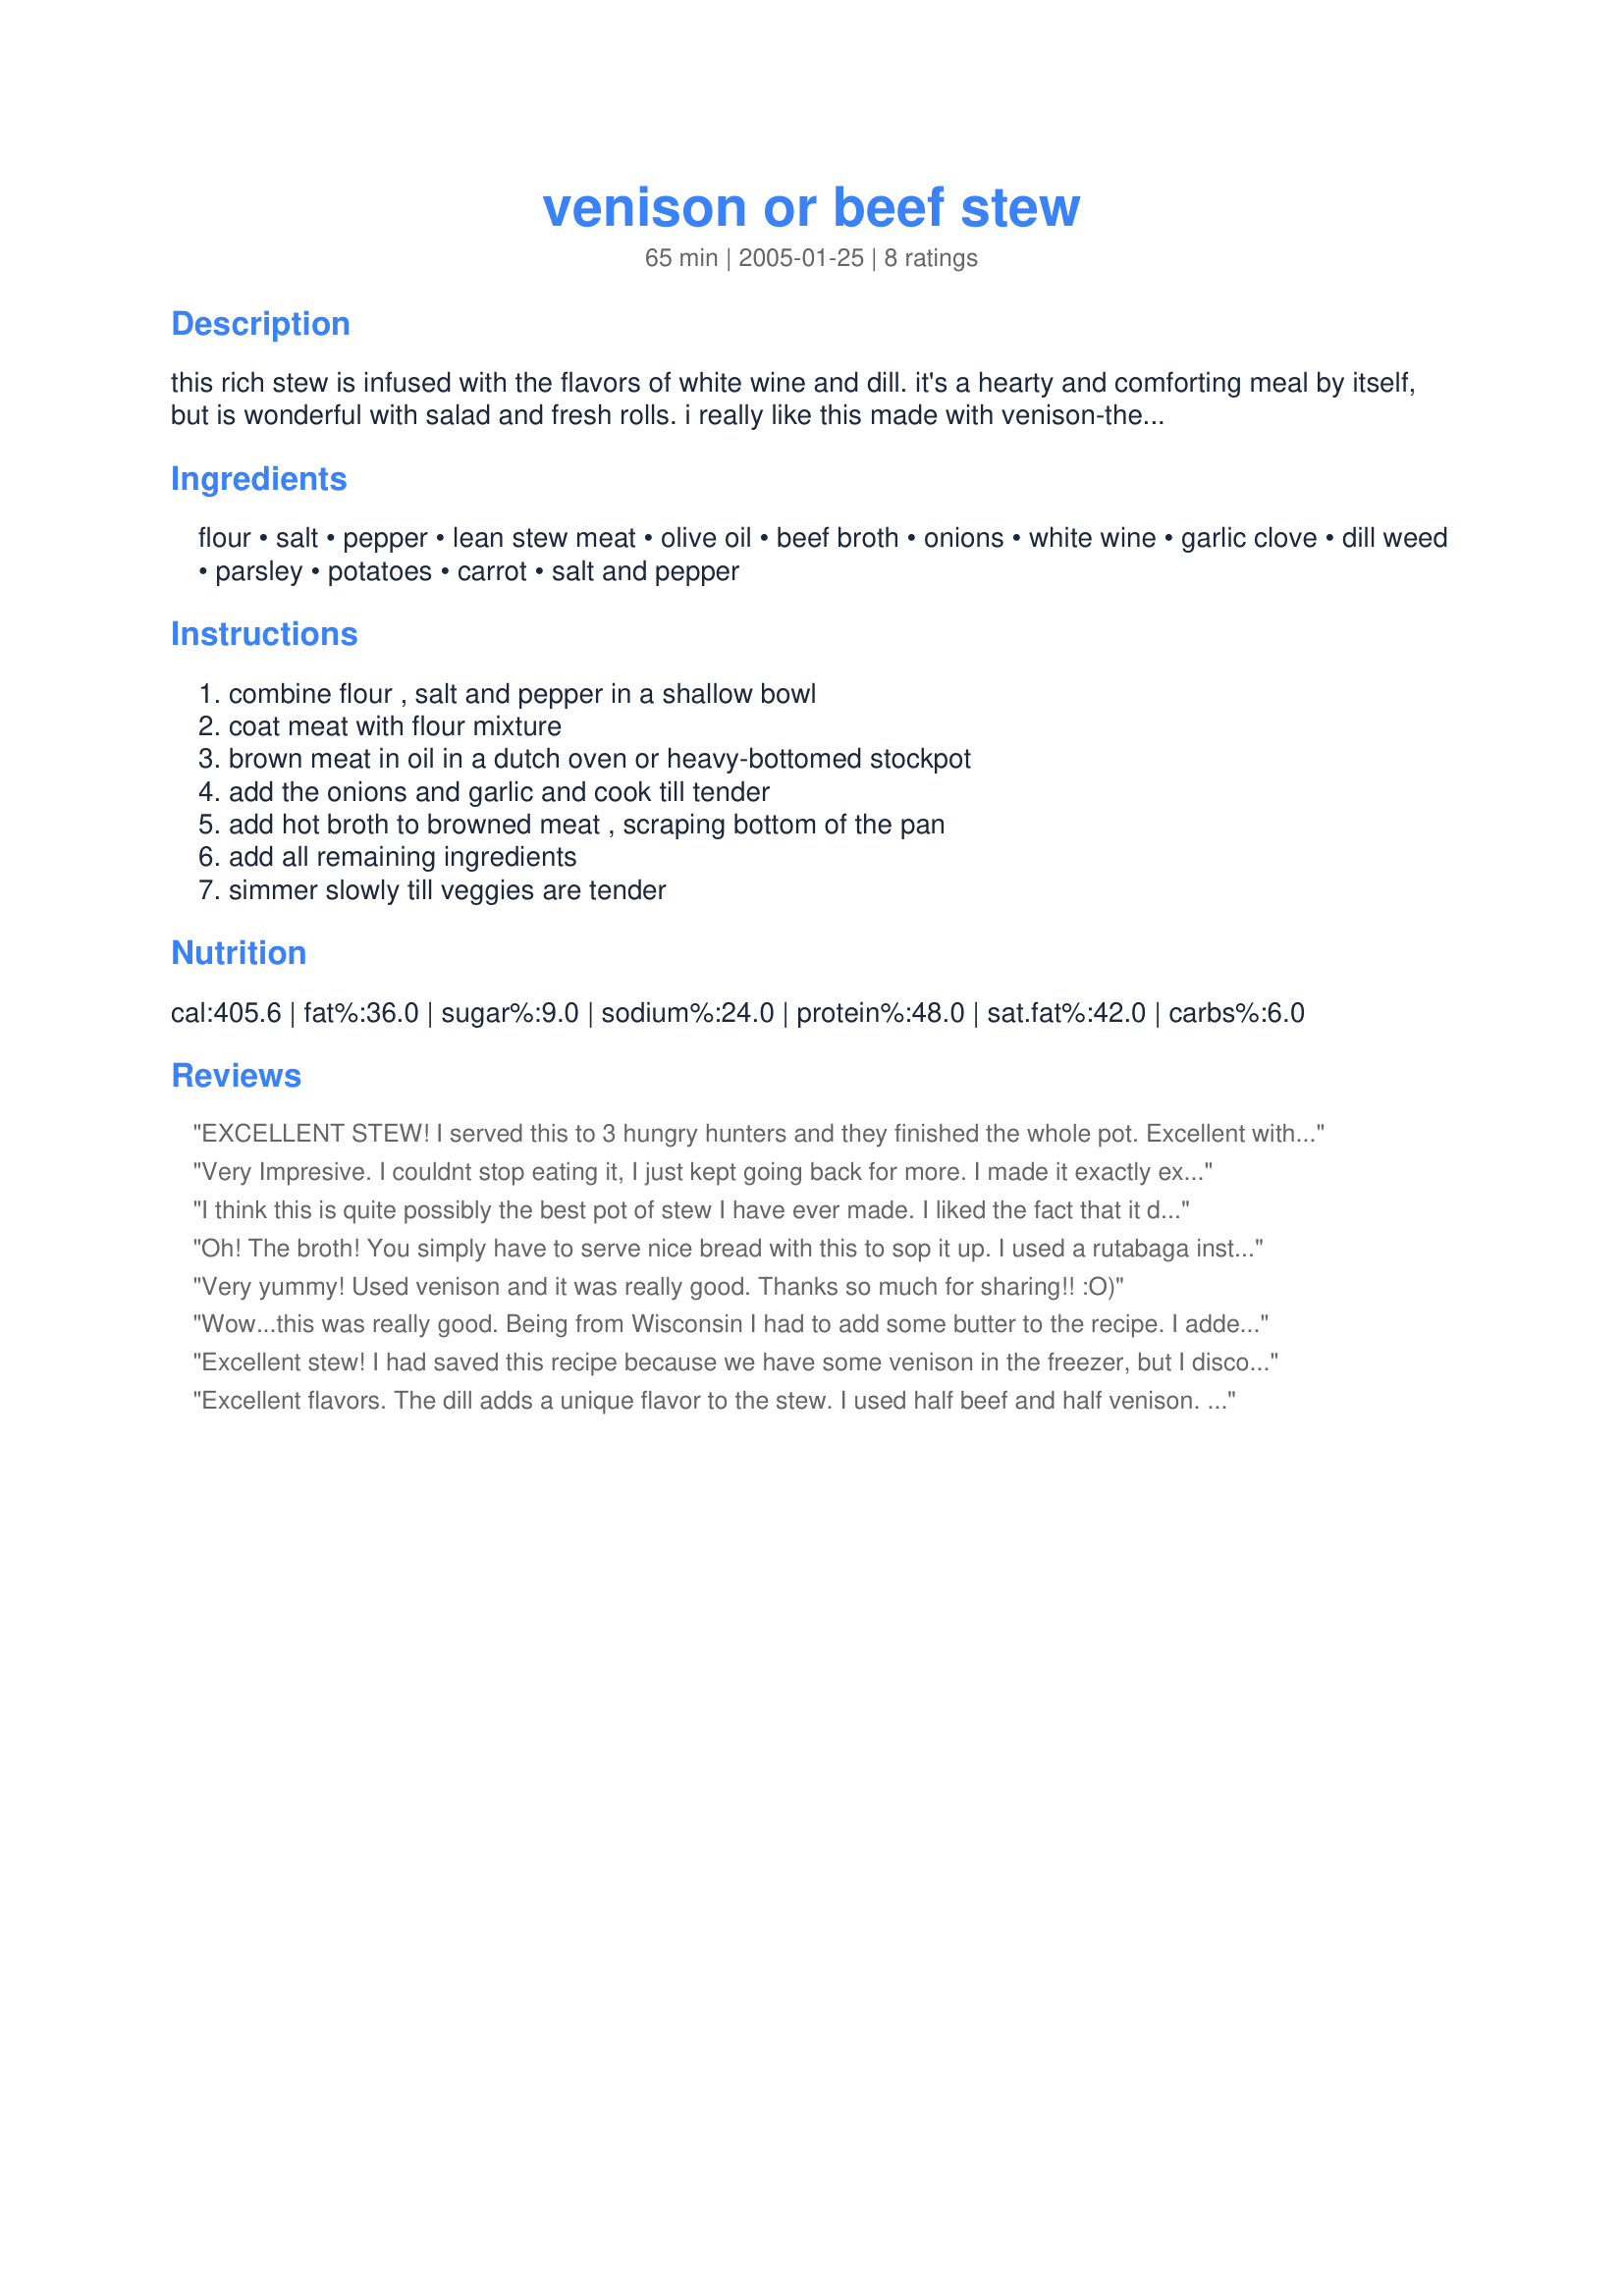
venison or beef stew
Preparation time: 65 minutes

this rich stew is infused with the flavors of white wine and dill. it's a hearty and comforting meal by itself, but is wonderful with salad and fresh rolls. i really like this made with venison-the meat is so lean.

Ingredients:
flour, salt, pepper, lean stew meat, olive oil, beef broth, onions, white wine, garlic clove, dill weed, parsley, potatoes, carrot, salt and pepper

Steps:
combine flour , salt and pepper in a shallow bowl, coat meat with flour mixture, brown meat in oil in a dutch oven or heavy-bottomed stockpot, add the onions and garlic and cook till tender, add hot broth to browned meat , scraping bottom of the pan, add all remaining ingredients, simmer slowly till veggies are tender

Reviews:
EXCELLENT STEW! I served this to 3 hungry hunters and they finished the whole pot. Excellent with homemade bread. I put in cabbage because I had it and it came out great. This is by far the best stew I have ever eaten! The broth is to die for! Thank you for posting!
Very Impresive. I couldnt stop eating it, I just kept going back for more. I made it exactly except I added maybe an extra half cup of beef broth and splash of white wine. It simmered probally for an hour and 1/2 and was absoutley perfect. I do think next time I will try adding a little cabbage and a little less potatoes. Thank you so much for posting, I will definatley be making this again.
I think this is quite possibly the best pot of stew I have ever made. I liked the fact that it did not have a tomato base...don't get me wrong. I love tomatoes...it's just nice to have a stew that is so thoroughly infused with the meat flavours instead. I used a combination of venison and elk meat. There was no "gamey" taste to the meat after the flouring, browning and long, long simmering in the beef broth. If you do not care for game meat...I would strongly encourage you to try this recipe using beef....it is that good. I used all beef broth in the recipe....as I did not have any wine to add. I took Kaarin's advice as per her recipe and really browned the meat well. I think this is what gave the broth it's extremely rich meaty flavour. After browning the meat and adding the other ingredients, I put it into our large slowcooker for the day. The dill gave it a light but not over powering flavour. I did add some rutabaga as well. This is our new favourite stew recipe....I highly recommend it. Thanks, Kaarin.
Oh! The broth! You simply have to serve nice bread with this to sop it up. I used a rutabaga instead of potatoes, threw in a couple of chopped up celery stalks and simmered the stew for half a day in a slow cooker. Divine! Many thanks.
Very yummy! Used venison and it was really good. Thanks so much for sharing!! :O)
Wow...this was really good. Being from Wisconsin I had to add some butter to the recipe. I added a half stick of unsalted butter to the olive oilused to brown the venison. In addition I sauteed a half pound of thickly sliced baby portabella mushrooms in a small pat of butter for 10 minutes and then added them to the stew and switched out the diced potatoes for halved fingerling potatoes. This is definitly the dish for all those who claim they don't like Venison!
Excellent stew! I had saved this recipe because we have some venison in the freezer, but I discovered I don't like the taste of it (gamey) so I'm really glad I made this with beef (round steak) instead. I had less than two hours to make this for dinner and it came out perfectly.

I halved the recipe (next time I'll make the whole batch), used unpeeled red potatoes, and added celery, as well as a teaspoon or so of worcestershire--next time I'll cut the salt or dilute the beef broth since it was just a touch salty. I didn't have wine or parsley but it didn't need them. I couldn't taste the dill so I'll add a bit more next time.

The floured meat stuck to the pan quite a bit (I might have had it up too high), but in the end, it turned out fine. Really wonderful flavor and texture--this is going to be my standard stew recipe--thanks for posting it!
Excellent flavors. The dill adds a unique flavor to the stew. I used half beef and half venison. This makes a lot, so use a big pot. I simmered on the stovetop over very low heat for about 3 1/2 hours, I think it would have been even better if I'd let it go a little longer. Will definitely make again.
